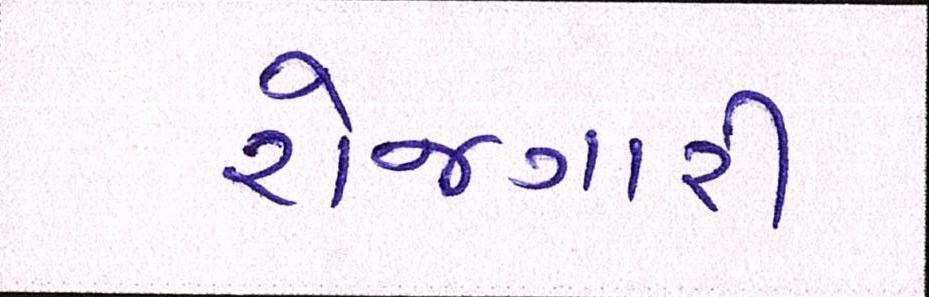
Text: રોજગારી